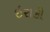
ઇરાકી